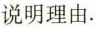
说明理由。